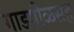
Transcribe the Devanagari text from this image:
गाडगीळसह